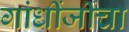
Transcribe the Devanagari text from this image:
गांधींजींचा